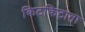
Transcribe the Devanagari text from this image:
किटकिटाता